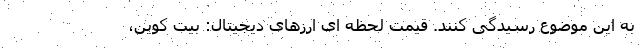
به این موضوع رسیدگی کنند. قیمت لحظه ای ارزهای دیجیتال: بیت کوین،